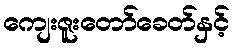
ကျေးဇူးတော်ခေတ်နှင့်